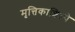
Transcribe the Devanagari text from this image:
मृत्तिकाशिल्पे